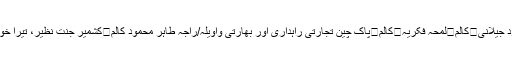
کالم	چوہدری نثار سے عوامی توقعات	کالم	چوہدری نثارعلی خان کی کھیر اور چک بیلی خان کی عوام/مسعود جیلانی	کالم	لمحہ فکریہ	کالم	پاک چین تجارتی راہداری اور بھارتی واویلہ/راجہ طاہر محمود کالم	کشمیر جنت نظیر، تیرا خون رنگ لائے گا	کالم	Status quo	کالم	قیامت کی سحر ہونے تک /راجہ غلام قنبر	کالم	ملک ریاض !